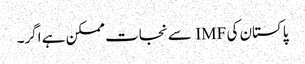
پاکستان کی IMF سے نجات ممکن ہے اگر۔